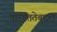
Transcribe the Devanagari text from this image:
पारंगततेबद्दल